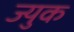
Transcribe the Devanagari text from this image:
ज्युक